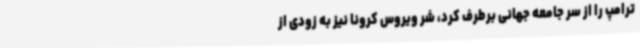
ترامپ را از سر جامعه جهانی برطرف کرد، شر ویروس کرونا نیز به زودی از